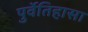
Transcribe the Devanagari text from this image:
पुर्वेतिहासा